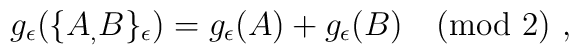
g_\epsilon(\{A _{,} B\}_\epsilon) = g_\epsilon(A) + g_\epsilon(B)\pmod 2\ ,